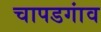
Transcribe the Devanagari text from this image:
चापडगांव